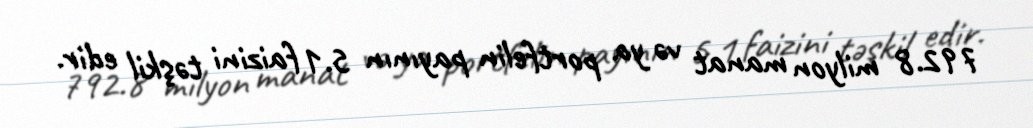
792.8 milyon manat və ya portfelin payının 5.1 faizini təşkil edir.